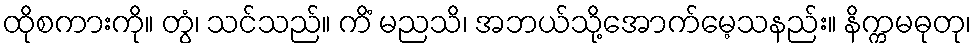
ထိုစကားကို။ တွံ၊ သင်သည်။ ကိံ မညသိ၊ အဘယ်သို့အောက်မေ့သနည်း။ နိက္ကမဓုတု၊